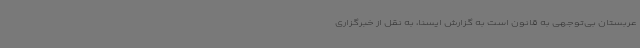
عربستان بی‌توجهی به قانون است به گزارش ایسنا، به نقل از خبرگزاری